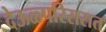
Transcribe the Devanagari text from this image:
देऊळ्परिसरात